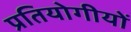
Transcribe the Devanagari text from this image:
प्रतियोगीयों